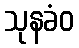
သုနခံဝ